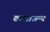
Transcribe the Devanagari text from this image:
कलाजन्य